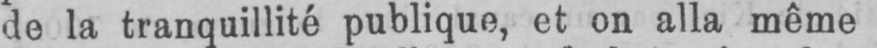
de la tranquillité publique, et on alla même